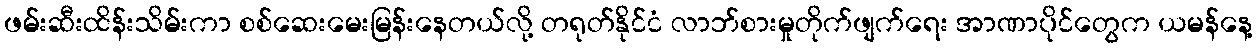
ဖမ်းဆီးထိန်းသိမ်းကာ စစ်ဆေးမေးမြန်းနေတယ်လို့ တရုတ်နိုင်ငံ လာဘ်စားမှုတိုက်ဖျက်ရေး အာဏာပိုင်တွေက ယမန်နေ့